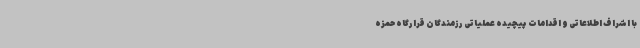
با اشراف اطلاعاتی و اقدامات پیچیده عملیاتی رزمندگان قرارگاه حمزه